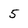
Character: 5